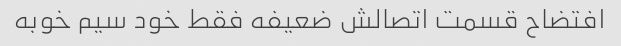
افتضاح قسمت اتصالش ضعیفه فقط خود سیم خوبه